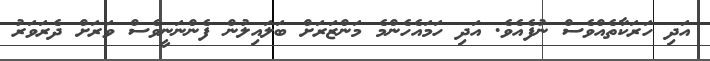
އަދި ހަރަކާތެއްވެސް ނުފެއެވެ. އަދި ހަމައެހެންމެ މަންޒަރަށް ބަލައިލުން ފެންނަނީވެސް ވަރަށް ދެރަވަރު